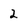
Character: 2